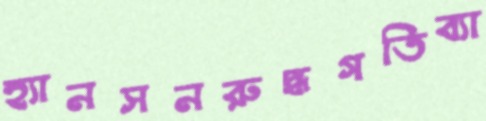
হ্যানসনরুদ্ধগতিব্যা